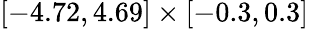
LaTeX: [-4.72,4.69]\times[-0.3,0.3]